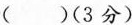
()(3分)